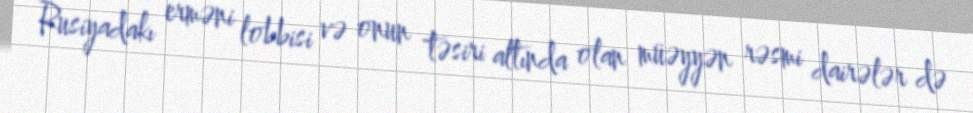
Rusiyadakı erməni lobbisi və onun təsiri altında olan müəyyən rəsmi dairələr də